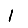
Digit: 1